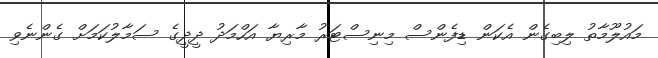
މައުލޫމާތު ލިބިގެން އެކަން ޑިފެންސް މިނިސްޓަރު މާރިޔާ އަހްމަދު ދީދީގެ ސަމާލުކަމަށް ގެންނެވި